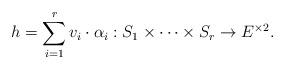
LaTeX: \begin{align*}h=\sum_{i=1}^r v_i\cdot \alpha_i : S_{1}\times \dots \times S_{r}\to E^{\times 2}.\end{align*}